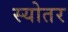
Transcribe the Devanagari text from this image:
स्योतर